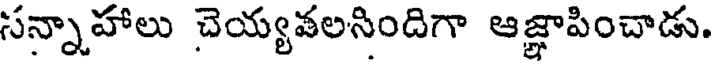
సన్నాహాలు చెయ్యవలసిందిగా ఆజ్ఞాపించాడు.